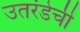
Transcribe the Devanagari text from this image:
उतरंडेची